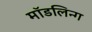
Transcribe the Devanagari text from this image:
मॉडलिन्ग